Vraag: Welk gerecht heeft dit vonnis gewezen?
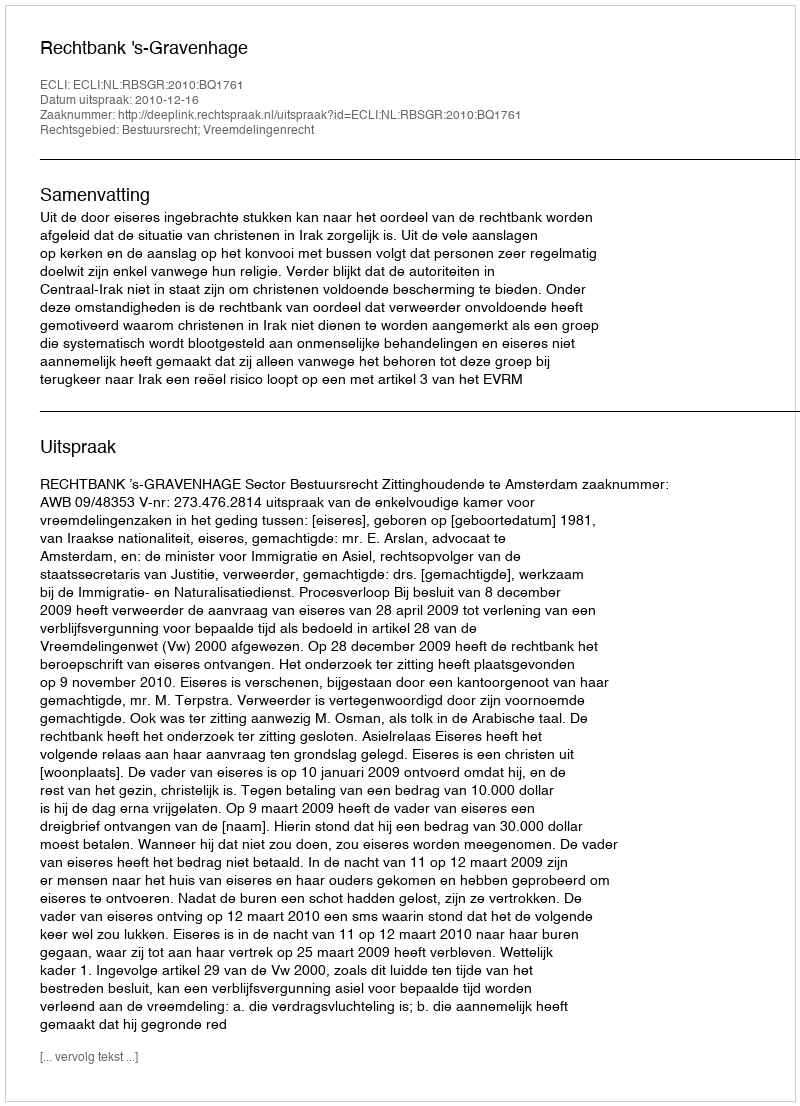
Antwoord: Rechtbank 's-Gravenhage